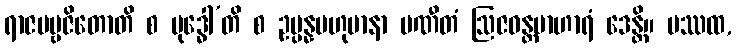
ရာဇပဗ္ဗဇိတောတိ စ ဗုဒ္ဓေါ’တိ စ ဥပ္ပန္နဗဟုမာနာ ပဏီတံ ဩဇဝန္တမာဟာရံ ဒေန္တိ။ ပဿထ,